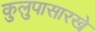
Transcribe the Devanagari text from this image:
कुलुपासारखे